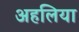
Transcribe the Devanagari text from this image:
अहलिया